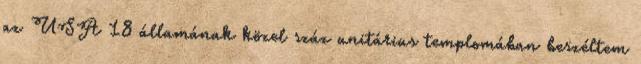
az USA 18 államának közel száz unitárius templomában beszéltem